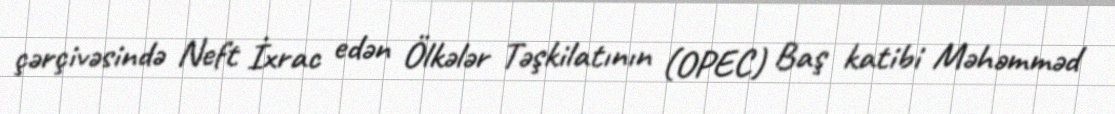
çərçivəsində Neft İxrac edən Ölkələr Təşkilatının (OPEC) Baş katibi Məhəmməd